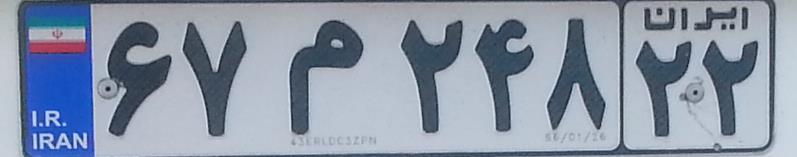
۶۷م۲۴۸۲۲